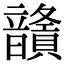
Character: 𩑅